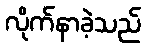
လိုက်နာခဲ့သည်